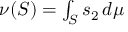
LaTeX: \textstyle \nu ( S ) = \int _ { S } s _ { 2 } \, d \mu